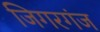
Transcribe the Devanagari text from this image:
जिगरगंज